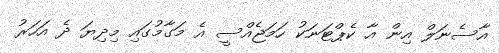
އާސެނަލް އިން އާ ކެޕްޓަނަކު ހަމަޖެއްސީ އެ މަގާމުގައި މިދިޔަ ދެ އަހަރު